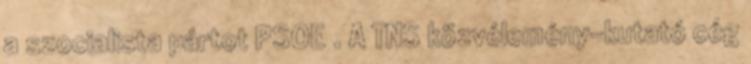
a szocialista pártot PSOE . A TNS közvélemény-kutató cég